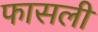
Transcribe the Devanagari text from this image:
फासली